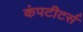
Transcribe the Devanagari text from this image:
कंपटीटर्स